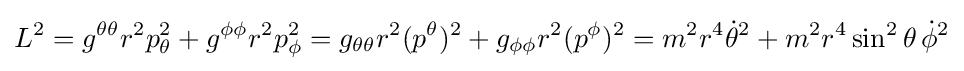
L^{2}=g^{\theta \theta }r^{2}p_{\theta }^{2}+g^{\phi \phi }r^{2}p_{\phi }^{2}=g_{\theta \theta }r^{2}(p^{\theta })^{2}+g_{\phi \phi }r^{2}(p^{\phi })^{2}=m^{2}r^{4}{\dot {\theta }}^{2}+m^{2}r^{4}\sin ^{2}\theta \,{\dot {\phi }}^{2}